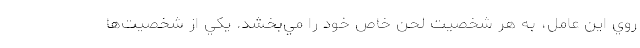
روي اين عامل، به هر شخصيت لحن خاص خود را مي‌بخشد. يكي از شخصيت‌ها